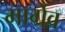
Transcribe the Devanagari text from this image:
मार्ग्रेव